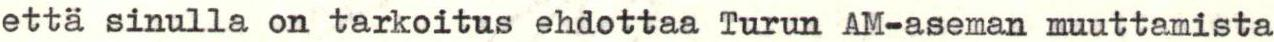
että sinulla on tarkoitus ehdottaa Turun AM-aseman muuttamista